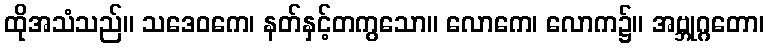
ထိုအသံသည်။ သဒေဝကေ၊ နတ်နှင့်တကွသော။ လောကေ၊ လောက၌။ အဗ္ဘုဂ္ဂတော၊